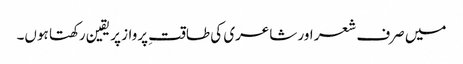
میں صرف شعر اور شاعری کی طاقتِ پرواز پر یقین رکھتا ہوں۔